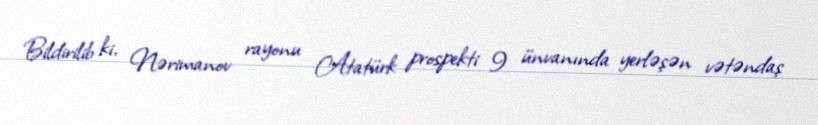
Bildirilib ki, Nərimanov rayonu Atatürk prospekti 9 ünvanında yerləşən vətəndaş